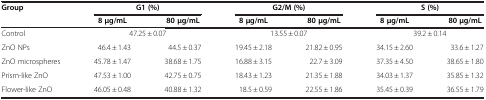
| Group | <COLSPAN=2> G1 (%) | <COLSPAN=2> G2/M (%) | <COLSPAN=2> S (%) |
 |  | 8 μg/mL | 80 μg/mL | 8 μg/mL | 80 μg/mL | 8 μg/mL | 80 μg/mL |
 | --- | --- | --- | --- | --- | --- | --- |
 | Control | <COLSPAN=2> 47.25 ± 0.07 | <COLSPAN=2> 13.55 ± 0.07 | <COLSPAN=2> 39.2 ± 0.14 |
 | ZnO NPs | 46.4 ± 1.43 | 44.5 ± 0.37 | 19.45 ± 2.18 | 21.82 ± 0.95 | 34.15 ± 2.60 | 33.6 ± 1.27 |
 | ZnO microspheres | 45.78 ± 1.47 | 38.68 ± 1.75 | 16.88 ± 3.15 | 22.7 ± 3.09 | 37.35 ± 4.50 | 38.65 ± 1.80 |
 | Prism-like ZnO | 47.53 ± 1.00 | 42.75 ± 0.75 | 18.43 ± 1.23 | 21.35 ± 1.88 | 34.03 ± 1.37 | 35.85 ± 1.32 |
 | Flower-like ZnO | 46.05 ± 0.48 | 40.88 ± 1.32 | 18.5 ± 0.59 | 22.55 ± 1.86 | 35.45 ± 0.39 | 36.55 ± 1.79 |